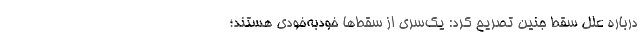
درباره علل سقط جنین تصریح کرد: یک‌سری از سقط‌‌ها خودبه‌‌خودی هستند؛